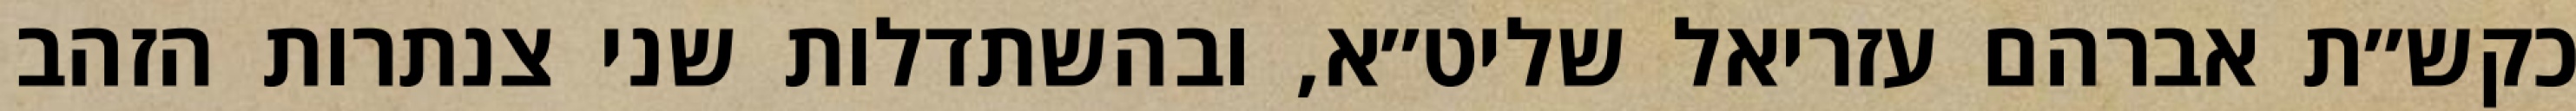
כקש״ת אברהם עזריאל שליט״א, ובהשתדלות שני צנתרות הזהב